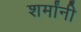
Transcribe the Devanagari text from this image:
शर्मांनी